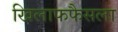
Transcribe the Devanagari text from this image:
खिलाफफैसला